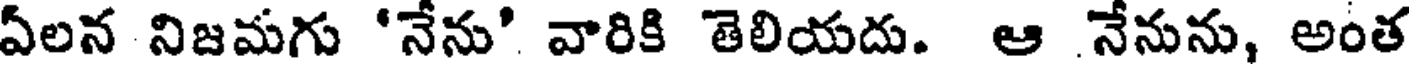
ఏలన నిజమగు 'నేను' వారికి తెలియదు. ఆ నేనును, అంత